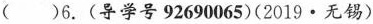
( )6.(导学号92690065)(2019·无锡)